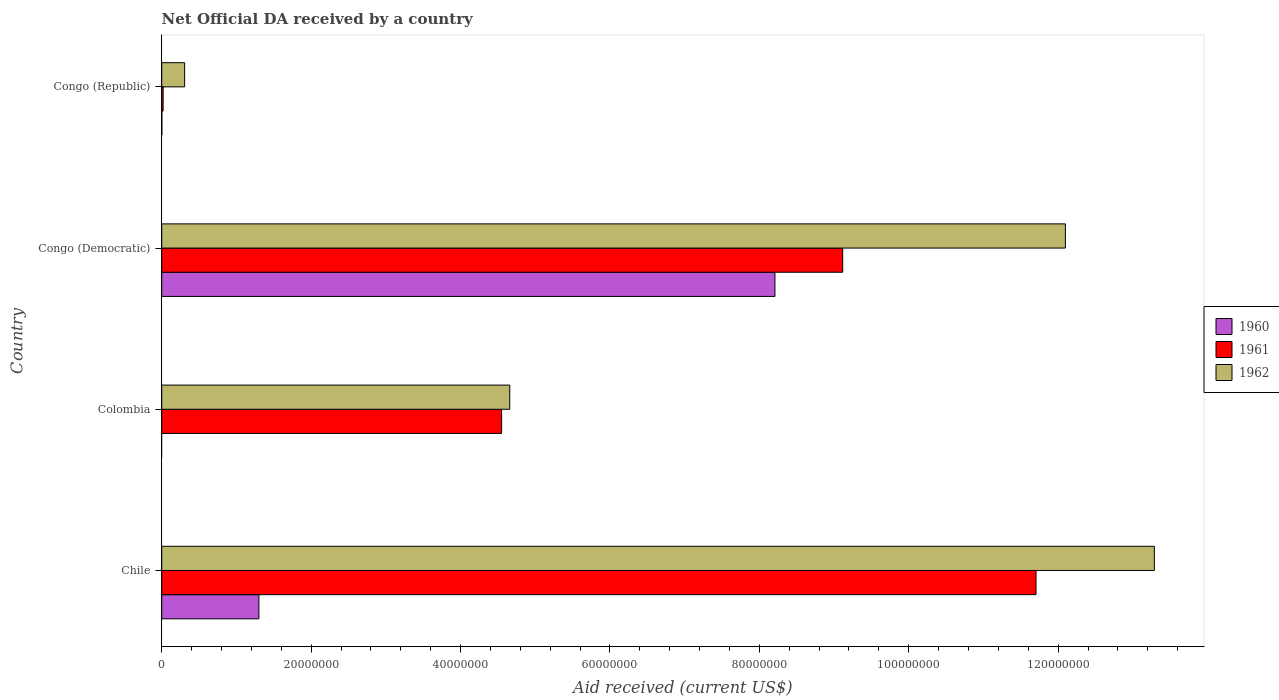
| Country | 1960 | 1961 | 1962 |
 | --- | --- | --- | --- |
 | Chile | 1.3e+07 | 1.17e+08 | 1.33e+08 |
 | Colombia | -1.14e+07 | 4.55e+07 | 4.66e+07 |
 | Congo (Democratic) | 8.21e+07 | 9.12e+07 | 1.21e+08 |
 | Congo (Republic) | 2e+04 | 1.9e+05 | 3.07e+06 |